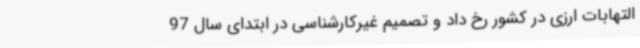
التهابات ارزی در کشور رخ داد و تصمیم غیرکارشناسی در ابتدای سال 97